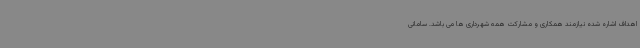
اهداف اشاره شده نیازمند همکاری و مشارکت همه شهرداری ها می باشد. سامانی